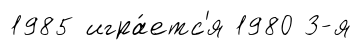
1985 игра́етс'я 1980 3-я